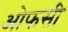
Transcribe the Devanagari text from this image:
ओफसी